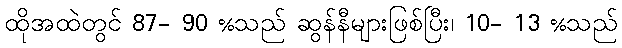
ထိုအထဲတွင် 87- 90 %သည် ဆွန်နီများဖြစ်ပြီး၊ 10- 13 %သည်